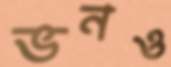
ভনও